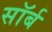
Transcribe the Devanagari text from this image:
सॉर्ब